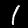
Digit: 1